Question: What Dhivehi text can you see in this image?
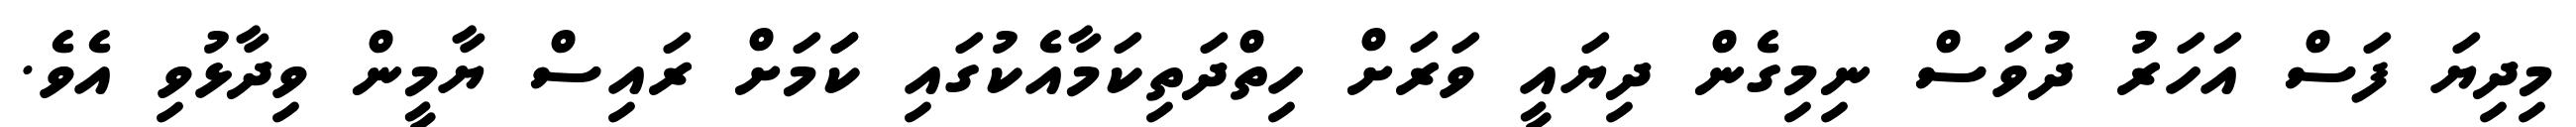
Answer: މިދިޔަ ފަސް އަހަރު ދުވަސް ނިމިގެން ދިޔައީ ވަރަށް ހިތްދަތިކަމާއެކުގައި ކަަމަށް ރައިސް ޔާމީން ވިދާޅުވި އެވެ.